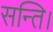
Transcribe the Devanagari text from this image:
सन्ति।